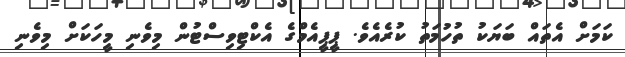
ކަމަށް އެތައް ބަޔަކު ތުހުމަތު ކުރެއެވެ. ޕީޕީއެމްގެ އެކްޓިވިސްޓުން މިވެނި މީހަކަށް މިވެނި